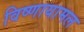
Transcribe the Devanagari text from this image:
विष्णायामल